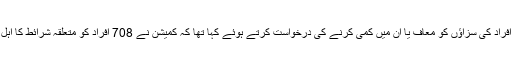
عدلیہ کے سربراہ آیت اللہ آملی لاریجانی نے ایک خط میں رہبر معظم انقلاب اسلامی سے 708 افراد کی سزاؤں کو معاف یا ان میں کمی کرنے کی درخواست کرتے ہوئے کہا تھا کہ کمیشن نے 708 افراد کو متعلقہ شرائط کا اہل قراردیا ہے رہبر معظم انقلاب اسلامی نے عدلیہ کے سربراہ کی اس درخواست سے موافقت کی۔